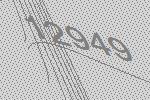
12949